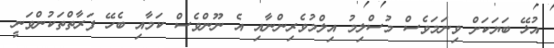
އުޅޭ ބަޔަކަށް ވިނަމަވެސް މުސްލިމު އިލްމުވެރިންނާއި އެ ނޫންވެސް ކަމާއި ބެހޭ ފަރާތްތަކުންވަނީ